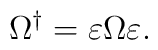
\Omega ^{\dagger }=\varepsilon \Omega \varepsilon .